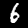
Label: 6